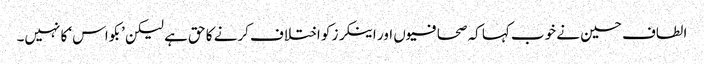
الطاف حسین نے خوب کہا کہ صحافیوں اور اینکرز کو اختلاف کرنے کا حق ہے لیکن ’بکواس‘ کا نہیں۔